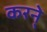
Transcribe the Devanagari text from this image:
करने्